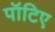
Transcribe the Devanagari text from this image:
पॉटिए